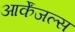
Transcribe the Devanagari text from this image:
आर्केंजल्स